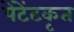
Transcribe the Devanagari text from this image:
पेटेंटकृत